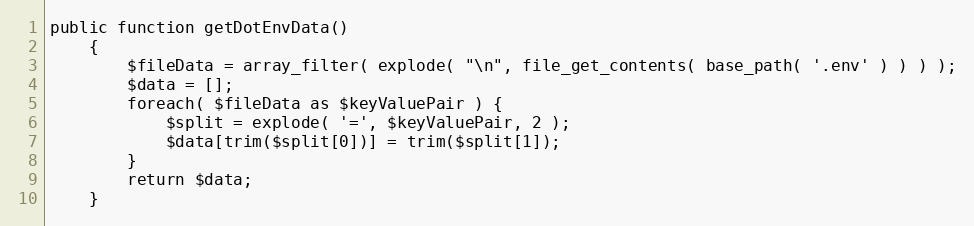
Language: PHP
public function getDotEnvData()
	{
		$fileData = array_filter( explode( "\n", file_get_contents( base_path( '.env' ) ) ) );
		$data = [];
		foreach( $fileData as $keyValuePair ) {
			$split = explode( '=', $keyValuePair, 2 );
			$data[trim($split[0])] = trim($split[1]);
		}
		return $data;
	}